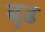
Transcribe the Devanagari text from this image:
बुढ